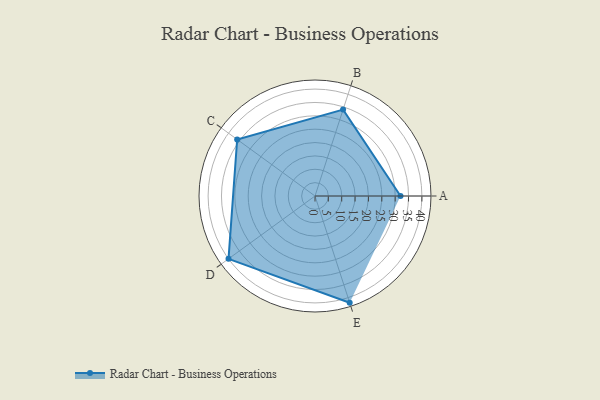
{"axis": {"x": "Skill", "y": "Score"}, "legend": ["Profile"], "data": [{"x": "A", "y": 32.0, "type": "Profile"}, {"x": "B", "y": 34.0, "type": "Profile"}, {"x": "C", "y": 36.0, "type": "Profile"}, {"x": "D", "y": 40.0, "type": "Profile"}, {"x": "E", "y": 42.0, "type": "Profile"}]}